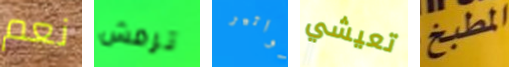
نعم ترمش فواتير تعيشي المطبخ